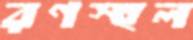
রণস্হল